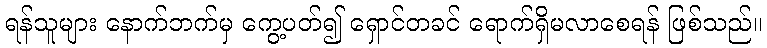
ရန်သူများ နောက်ဘက်မှ ကွေ့ပတ်၍ ရှောင်တခင် ရောက်ရှိမလာစေရန် ဖြစ်သည်။